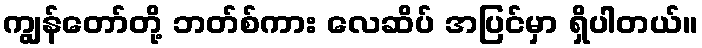
ကျွန်တော်တို့ ဘတ်စ်ကား လေဆိပ် အပြင်မှာ ရှိပါတယ်။